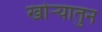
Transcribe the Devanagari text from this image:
खोऱ्यातुन